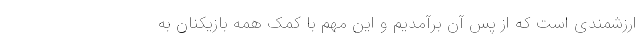
ارزشمندی است که از پس آن برآمدیم و این مهم با کمک همه بازیکنان به